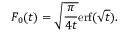
F _ { 0 } ( t ) = \sqrt { \frac { \pi } { 4 t } } \mathrm { e r f } ( \sqrt { t } ) .